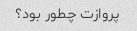
پروازت چطور بود؟